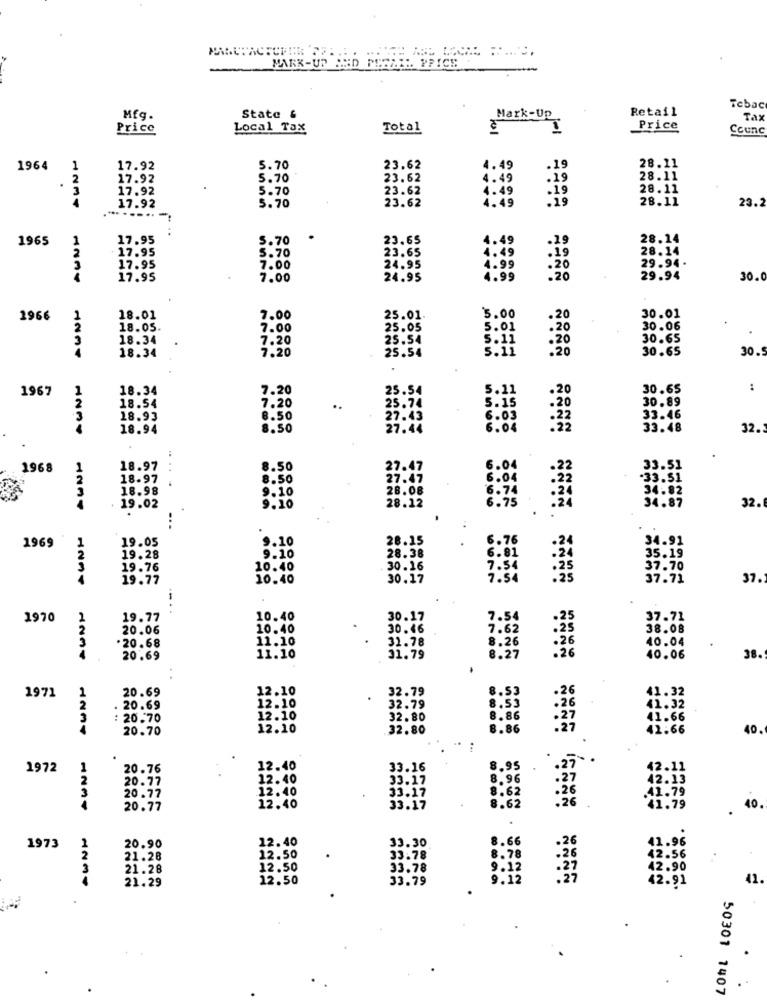
MARK-UP AND PESAEL. PRICE
Retail
Tebac
State &
Mark-Up
Tax
Price
Local Tax
Total
Price
Counc
1964
1
17.92
5.70
23.62
4.49
19
28.11
2
17.92
5.70
23.62
4.49
.19
28.11
17.92
5.70
23.62
4.49
:19
28.11
17.92
5.70
23.62
4.49
:19
28.11
23.2
.........-.
1965
17.95
5.70
23.65
28.14
17.95
5.70
23.65
4.49
28.14
29.94 .
17.95
7.00
24.95
17.95
7.00
24.95
4.99
:20
29.94
30.0
30.01
1966
18.01
7.00
25.01
5.00
.20
18.05.
7.00
25.05
5 . 01
30.06
3
18.34
7.20
25.54
: 20
30.65
18.34
7.20
25.54
30.65
30.5
.20
1967
1
18.34
7.20
25.54
5.11
.20
30.65
:
7.20
30.89
18.54
25.74
5.15
: 20
18.93
8.50
27.45
6.05
33.46
18.94
8.50
27.44
6.04
:22
33.48
32.
1968
18.97
8.50
27.47
6.04
.22
33.51
18.97
.....
8.50
27.47
-33.51
3
18.98
9.10
28.08
34.82
28.12
32.
19.02
9.10
.
34.87
.
...
1969
19.05
9.10
28.15
6.76
.24
34.91
1
19.28
9.10
28.38
6.81
.24
35.19
3
19.76
10.40
30.16
7.54
.25
37.70
19.77
10.40
30.17
7.54
37.71
37.
1970
2
19.77
10.40
30.17
7.54
37.71
20.06
10.40
30.46
7.62
.25
38.08
3
11.10
31.78
8.26
.26
40.04
.20.68
.26
20.69
11.10
31.79
8.27
40.06
38.
1971
20.69
12.10
32.79
8.53
.26
1
2
12.10
8.53
41.32
20.69
32.79
.26
41.32
: 20.70
12.10
32.80
8.86
41.66
20.70
12.10
32.80
8.86
42.66
40
.27-
1972
20.76
12.40
33.16
8.95
12.11
20.77
12.40
33.17
8.96
42.13
12.40
33.17
8.62
.26
.41.79
20.77
8.62
.26
1234
20.77
12.40
33.17
41.79
40
12.40
33.30
8.66
41.96
1973
20.90
.26
21.28
12.50
33.78
8.78
42.56
21.28
12.50
33.78
9.12
42.90
1234
21.29
12.50
33.79
9.12
42.9
41.
50301 1407